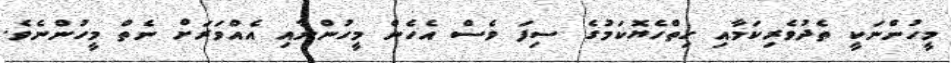
މީހުންނަކީ ތެދުވެރިކަމާއި ހިތްހެޔޮކަމުގެ ސިފަ ވެސް އެހެން މީހުންނާއި އެއްވަރަށް ނެތް މީހުންނެވެ.